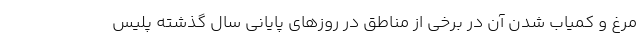
مرغ و کمیاب شدن آن در برخی از مناطق در روزهای پایانی سال گذشته پلیس